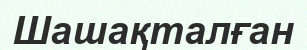
Шашақталған